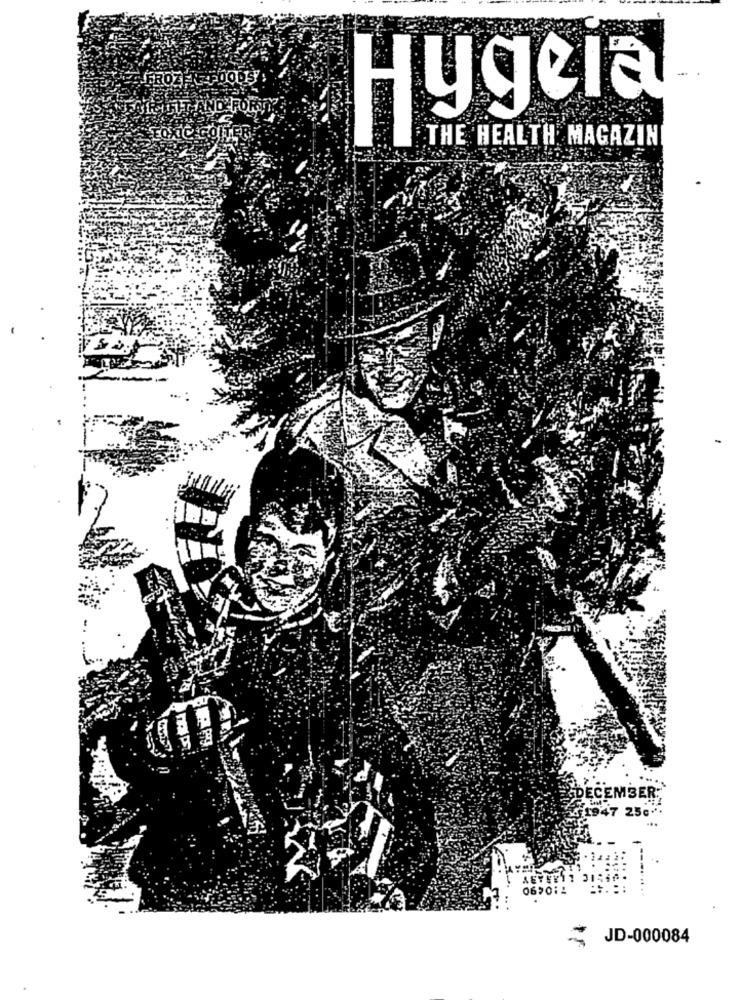
FROZEN FOODS
Hugela
THE HEALTH MAGAZIN
DECEMBER;
1947 25c"
069011
JD-000084